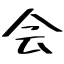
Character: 会